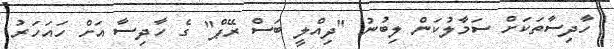
ހާދިސާތަކަށް ސަމާލުކަން ލިބުނު "ދިއްލީ ބަސް ރޭޕް" ގެ ހާދިސާ އަށް ހައަހަރު